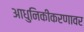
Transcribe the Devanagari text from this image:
आधुनिकीकरणावर